Bursary Schemes. (Education (Scotland) Act, 1918, sections 4 and 6(1)(b)), 1918
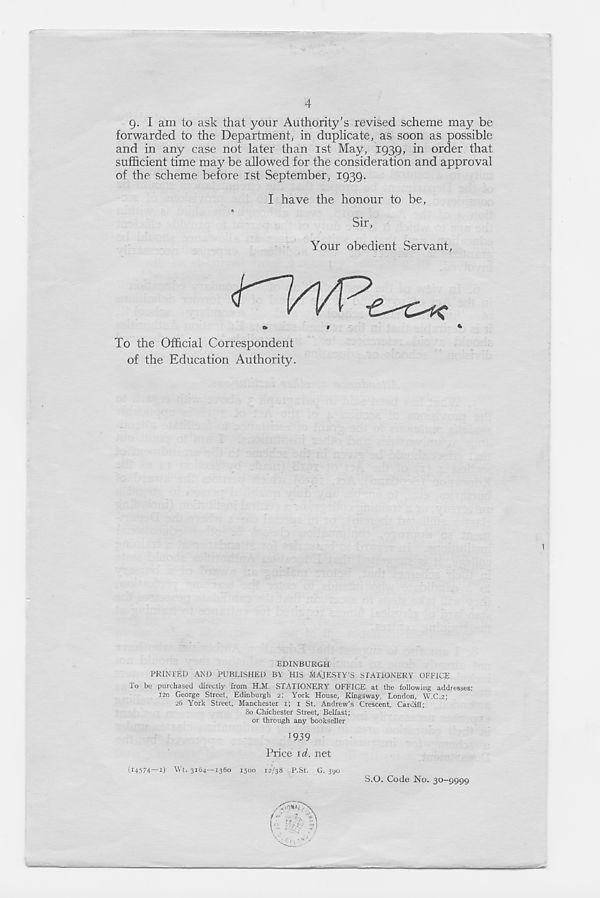
4
g. I am to ask that your Authority’s revised scheme may be
forwarded to the Department, in duplicate, as soon as possible
and in any case not later than ist May, 1939, in order that
sufficient time may be allowed for the consideration and approval
of the scheme before ist September, 1939.
I have the honour to be,
Sir,
Your obedient Servant,
»
*
*
To the Official Correspondent
of the Education Authority.
EDINBURGH
PRINTED AND PUBLISHED BY HIS MAJESTY'S STATIONERY OFFICE
To be purchased directly from H.M. STATIONERY OFFICE at the following addresses:
120 George Street, Edinburgh 2: York House, Kingsway, London, W.C.2;
26 York Street, Manchester 1; 1 St. Andrew’s Crescent, Cardiff;
80 Chichester Street, Belfast;
or through any bookseller
*939
Price id. net
(14574—1) Wt. 3164—1360 1500 12/38 P.St. G. 390
S.O. Code No. 30-9999